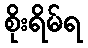
စိုးရိမ်ရ